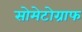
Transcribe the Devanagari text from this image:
सोमेटोग्राफ